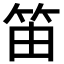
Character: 笛